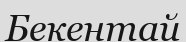
Бекентай